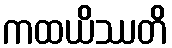
ကထယိဿတိ